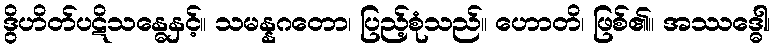
ဒွိဟိတ်ပဋိသန္ဓေနှင့်။ သမန္နဂတော၊ ပြည့်စုံသည်။ ဟောတိ၊ ဖြစ်၏။ အဿဒ္ဓေါ၊